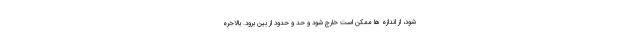
شود، از اندازه ها ممکن است خارج شود و حد و حدود از بین برود. بالاخره